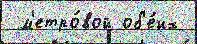
 м'етро́вой об'е́их